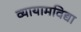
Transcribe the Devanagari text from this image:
व्यायामविद्या